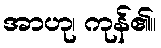
အာဟု၊ ကုန်၏။